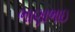
ભાણાભાઇ